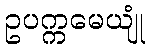
ဥပက္ကမေယျုံ